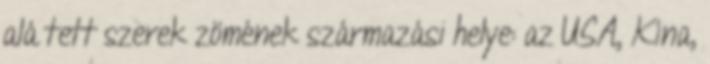
alá tett szerek zömének származási helye: az USA, Kína,